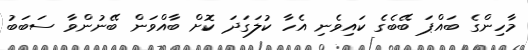
މާހިންގެ ބައްޕަ ބޭބެގެ ކައިވެނި އެހާ ކުލަގަދަ ކޮށް ބާއްވަން ބޭނުންވާ ސަބަބު